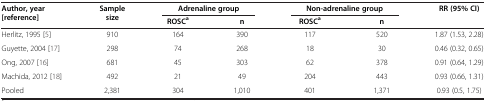
| <ROWSPAN=2> Author, year [reference] | <ROWSPAN=2> Sample size | <COLSPAN=2> Adrenaline group | <COLSPAN=2> Non-adrenaline group | <ROWSPAN=2> RR (95% CI) |
 | ROSCa | n | ROSCa | n |
 | --- | --- | --- | --- | --- | --- | --- |
 | Herlitz, 1995 [5] | 910 | 164 | 390 | 117 | 520 | 1.87 (1.53, 2.28) |
 | Guyette, 2004 [17] | 298 | 74 | 268 | 18 | 30 | 0.46 (0.32, 0.65) |
 | Ong, 2007 [16] | 681 | 45 | 303 | 62 | 378 | 0.91 (0.64, 1.29) |
 | Machida, 2012 [18] | 492 | 21 | 49 | 204 | 443 | 0.93 (0.66, 1.31) |
 | Pooled | 2,381 | 304 | 1,010 | 401 | 1,371 | 0.93 (0.5, 1.75) |